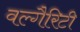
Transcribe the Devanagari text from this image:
वल्गैरिटी